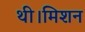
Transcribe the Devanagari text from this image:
थी।मिशन